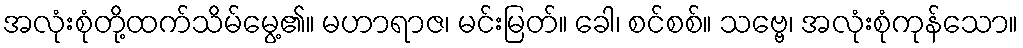
အလုံးစုံတို့ထက်သိမ်မွေ့၏။ မဟာရာဇ၊ မင်းမြတ်။ ခေါ၊ စင်စစ်။ သဗ္ဗေ၊ အလုံးစုံကုန်သော။